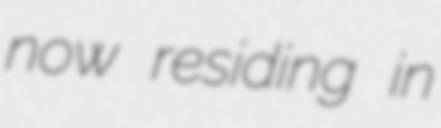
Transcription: now residing in